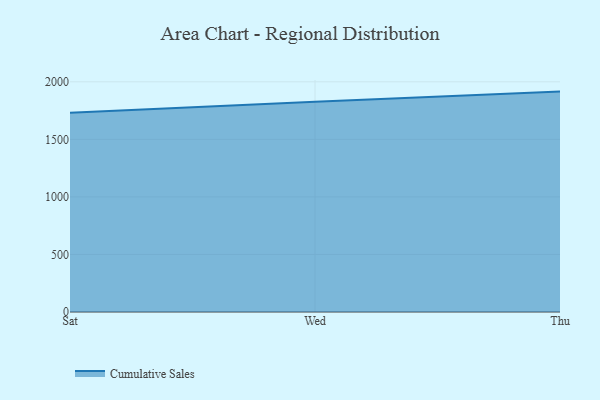
{"axis": {"x": "Day", "y": "Headcount"}, "legend": ["Cumulative Sales"], "data": [{"x": "Sat", "y": 1730.3, "type": "Cumulative Sales"}, {"x": "Wed", "y": 1827.3, "type": "Cumulative Sales"}, {"x": "Thu", "y": 1915.1, "type": "Cumulative Sales"}]}